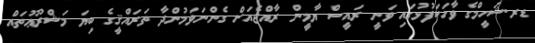
ޑރ.ޝަހީމްގެ ވާހަކަފުޅުގައި ވަނީ ރައީސް ޔާމީން ރާއްޖެއަށް ގެންނަވަމުންދާ ތަރައްޤީގެ ބިޔަ މަޝްރޫޢުތައް